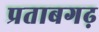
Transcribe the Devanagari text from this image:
प्रताबगढ़